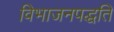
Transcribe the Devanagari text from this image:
विभाजनपद्धति